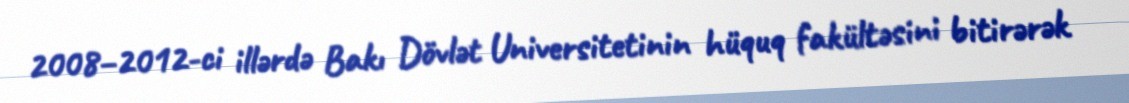
2008–2012-ci illərdə Bakı Dövlət Universitetinin hüquq fakültəsini bitirərək